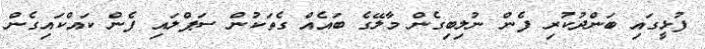
ފުޅީގައި ބަންދުކުރި ފެން ނުލިބިގެން މާލޭގެ ބައެއް ގެތަކުން ސަޕްލައި ފެން ކައްކައިގެން